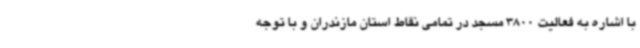
با اشاره به فعالیت 3800 مسجد در تمامی نقاط استان مازندران و با توجه